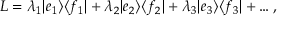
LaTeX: L = \lambda _ { 1 } | e _ { 1 } \rangle \langle f _ { 1 } | + \lambda _ { 2 } | e _ { 2 } \rangle \langle f _ { 2 } | + \lambda _ { 3 } | e _ { 3 } \rangle \langle f _ { 3 } | + \dots ,